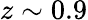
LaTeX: z\sim 0.9